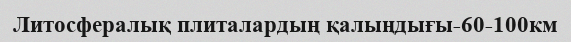
Литосфералық плиталардың қалыңдығы-60-100км